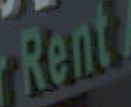
Rent